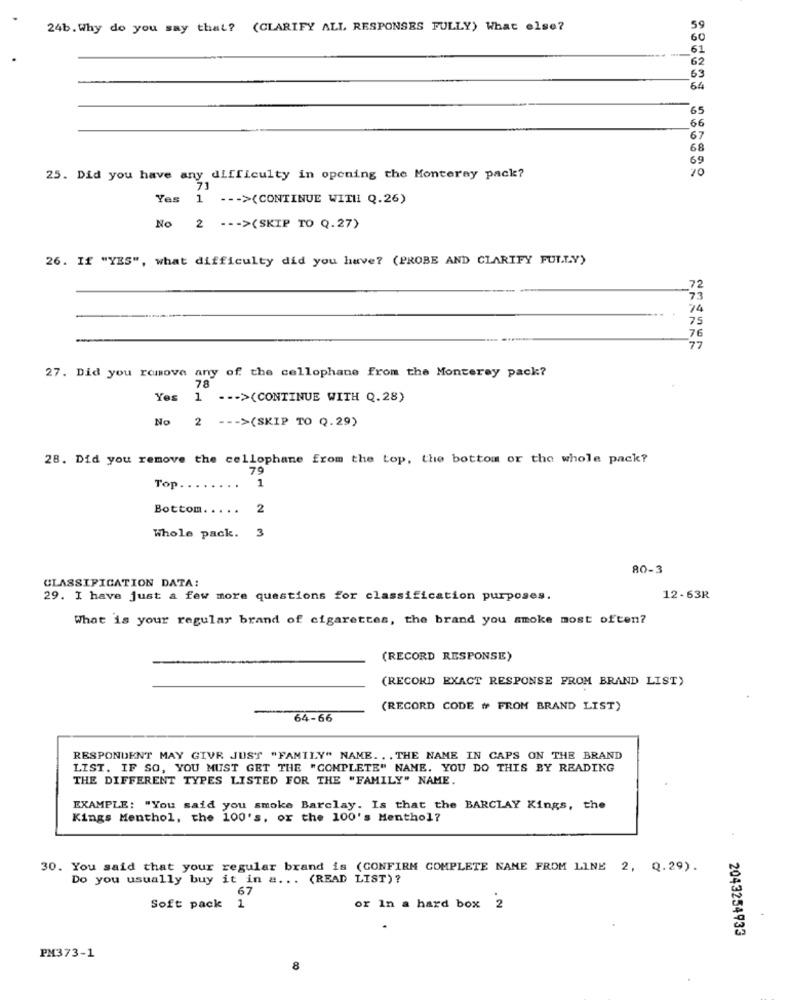
24b. Why do you say that? (CLARIFY ALL RESPONSES FULLY) What else?
60
61
62
63
64
65
66
67
68
69
25. Did you have any difficulty in opening the Monteray pack?
71
Yes 1 --- >(CONTINUE WITH Q.26)
No 2 -- - >(SKIP TO Q.27)
26. If "YES", what difficulty did you have? (PROBE AND CLARIFY FULLY)
72
7.
74
75
76
17
27. Did you remove any of the cellophane from the Monterey pack?
78
Yes 1 --- >(CONTINUE WITH Q.28)
No 2 --- >(SKIP TO Q.29)
28. Did you remove the cellophane from the top, the bottom or the whole pack?
79
. .
Top
1
Bottom.
..
2
3
Whole pack.
80-3
CLASSIFICATION DATA:
29. I have just a few more questions for classification purposes.
12-63R
What is your regular brand of cigarettes, the brand you smoke most often?
(RECORD RESPONSE)
(RECORD EXACT RESPONSE FROM BRAND LIST)
(RECORD CODE ## FROM BRAND LIST)
64-66
RESPONDENT MAY GIVE JUST "FAMILY" NAME. . . THE NAME IN CAPS ON THE BRAND
LIST. IF SO, YOU MUST GET THE "COMPLETE" NAME. YOU DO THIS BY READING
THE DIFFERENT TYPES LISTED FOR THE "FAMILY" NAME.
EXAMPLE: "You said you smoke Barclay. Is that the BARCLAY Kings, the
Kings Menthol, the 100's, or the 100's Menthol?
30. You said that your regular brand is (CONFIRM COMPLETE NAME FROM LINE 2, Q.29).
Do you usually buy it in a ... (READ LIST)?
67
Soft pack 1
or In a hard box 2
2043254933
PM373-1
8